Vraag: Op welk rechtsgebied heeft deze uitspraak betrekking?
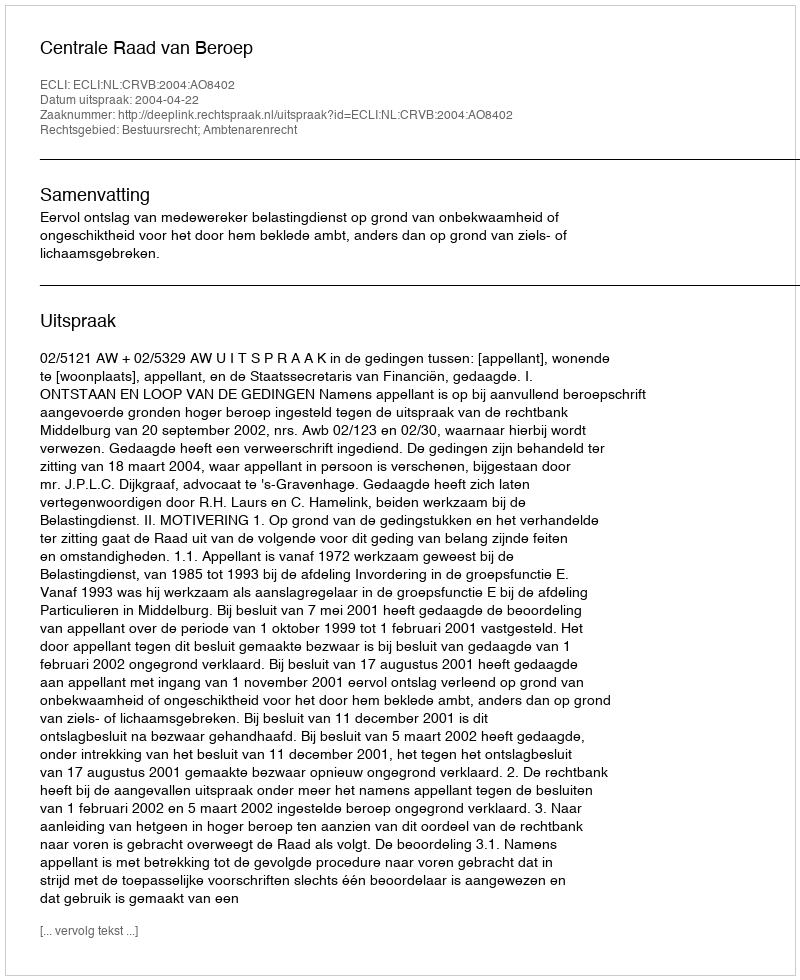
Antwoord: Bestuursrecht; Ambtenarenrecht